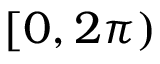
[ 0 , 2 \pi )